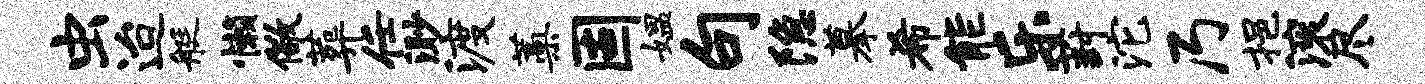
虫迨艇懒儆葬任渺渡蒿固媪句隐摹希能乐葑沱乃挹滚尽